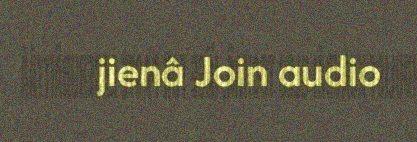
jienâ Join audio